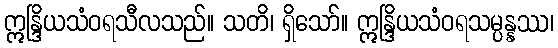
ဣန္ဒြိယသံဝရသီလသည်။ သတိ၊ ရှိသော်။ ဣန္ဒြိယသံဝရသမ္ပန္နဿ၊